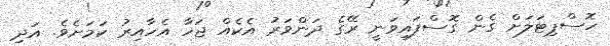
ހޮސްޕިޓަލަށް ގެން ގޮސްފައިވަނީ ރޭގެ ދަންވަރު އެކެއް ޖަހާ އެހާއިރު ކަމަށެވެ. އަދި